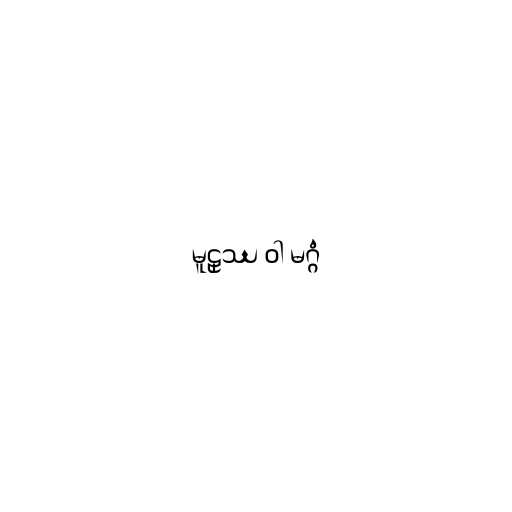
မူဠှဿ ဝါ မဂ္ဂံ